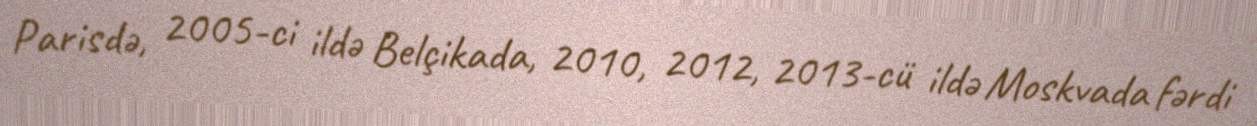
Parisdə, 2005-ci ildə Belçikada, 2010, 2012, 2013-cü ildə Moskvada fərdi